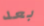
بعد